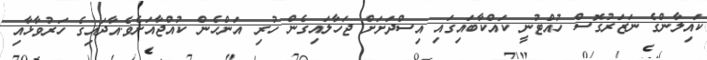
ކައިލާންގެ ނަޒަރުގޮސް ހުއްޓުނީ ކައްކާބައިގައި އިސްދަށަށް ޖަހާލައިގެން ހުރި އަންހެން ކުއްޖާއަށެވެ.އާދައިގެ ހަރުވާޅާއި